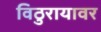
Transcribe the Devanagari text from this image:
विठुरायावर